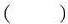
( )